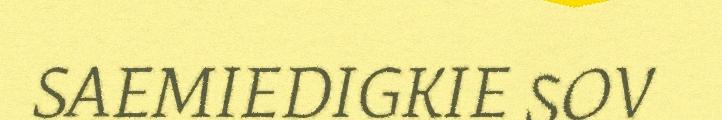
SAEMIEDIGKIE SOV